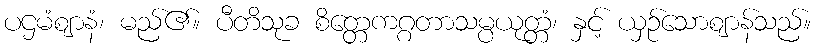
ပဌမံဈာနံ၊ မည်၏။ ပီတိသုခ စိတ္တေကဂ္ဂတာသမ္ပယုတ္တံ၊ နှင့် ယှဉ်သောဈာန်သည်။